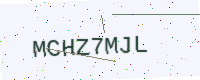
Text: MCHZ7MJL